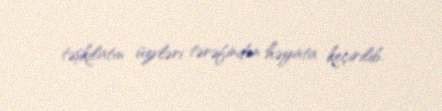
təşkilatın üzvləri tərəfindən həyata keçirilib.